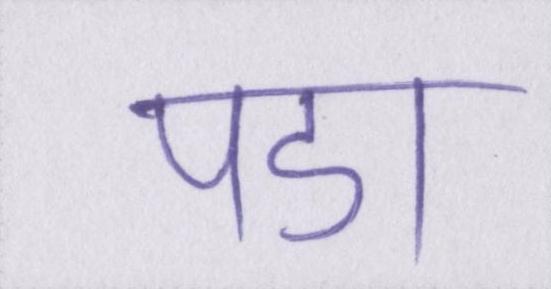
पडा